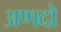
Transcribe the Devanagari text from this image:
अणदो